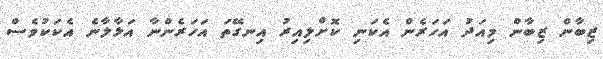
ޒިބާން ޒިބާން މިއަދު އަހަރެން އެކަނި ކޮށްލިއިރު އިނގޭތަ އަހަރެންނާ އަޅާލާނެ އެކަކުވެސް